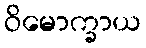
ဝိမောက္ခာယ